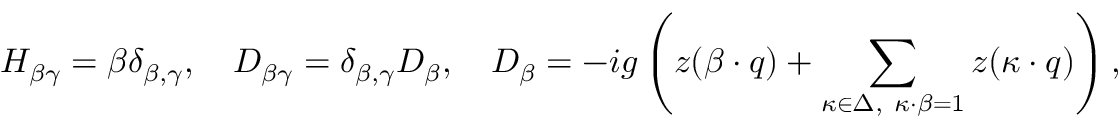
H _ { \beta \gamma } = \beta \delta _ { \beta , \gamma } , \quad D _ { \beta \gamma } = \delta _ { \beta , \gamma } D _ { \beta } , \quad D _ { \beta } = - i g \left( z ( \beta \cdot q ) + \sum _ { \kappa \in \Delta , \ \kappa \cdot \beta = 1 } z ( \kappa \cdot q ) \right) ,